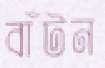
বাঁটন